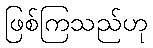
ဖြစ်ကြသည်ဟု